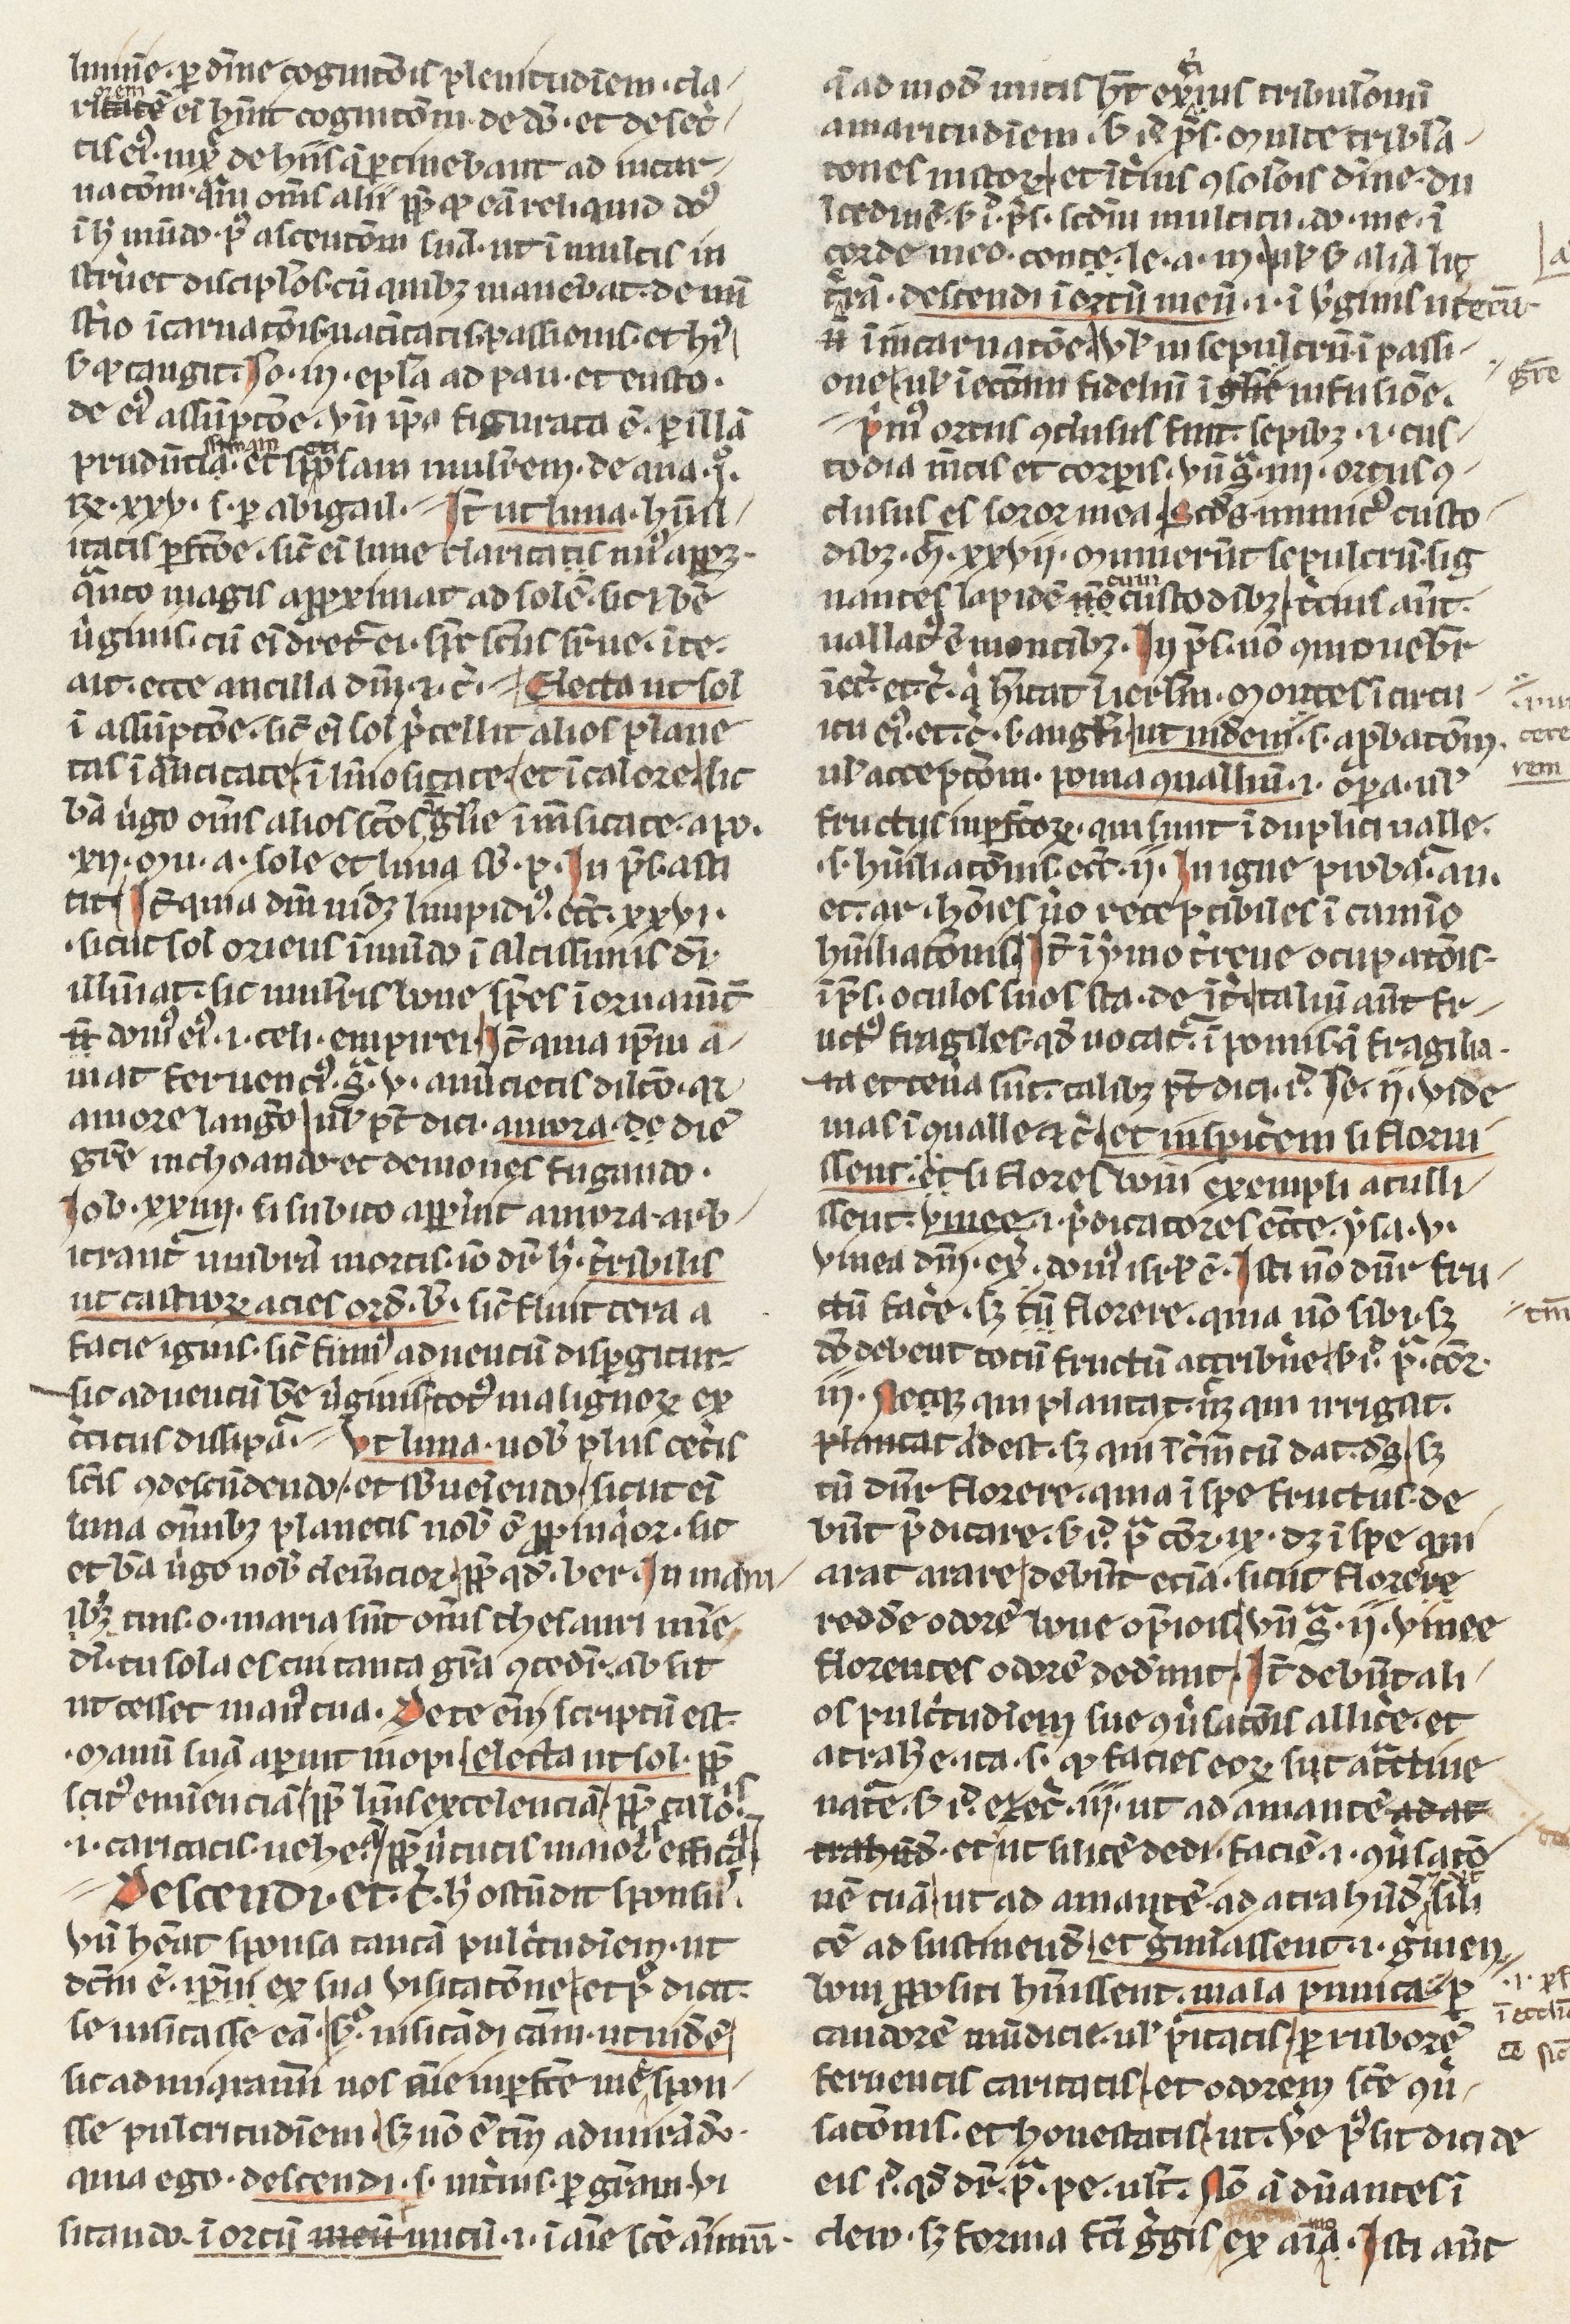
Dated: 1400–1430